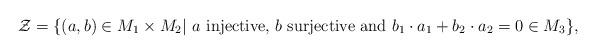
LaTeX: \begin{align*}\mathcal Z=\{(a,b)\in M_1\times M_2|\ a\mbox{ injective, }b\mbox{ surjective and }b_1\cdot a_1+b_2\cdot a_2=0\in M_3\},\end{align*}